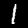
Digit: 1